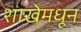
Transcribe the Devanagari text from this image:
शाखेमधून